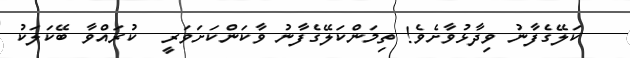
ކަލޭގެފާނު ވިދާޅުވާށެވެ! ތިމަންކަލޭގެފާނު ވާކަންކަށަވަރީ  ކުރައްވާ ބޭކަލަކު